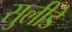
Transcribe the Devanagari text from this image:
सुलीडे